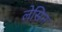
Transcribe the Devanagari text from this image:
लेसिन